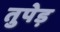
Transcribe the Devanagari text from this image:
तुपेड़